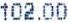
102.00